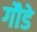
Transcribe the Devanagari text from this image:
गौडे